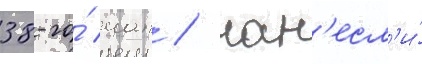
38-го́ иап / нан'есл'и́